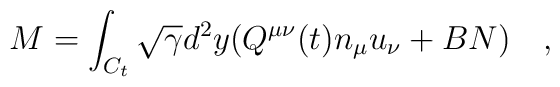
{M}=\int_{C_t}\sqrt{\gamma}d^2y (Q^{\mu\nu}(t)n_\mu u_\nu+B N)~~~,